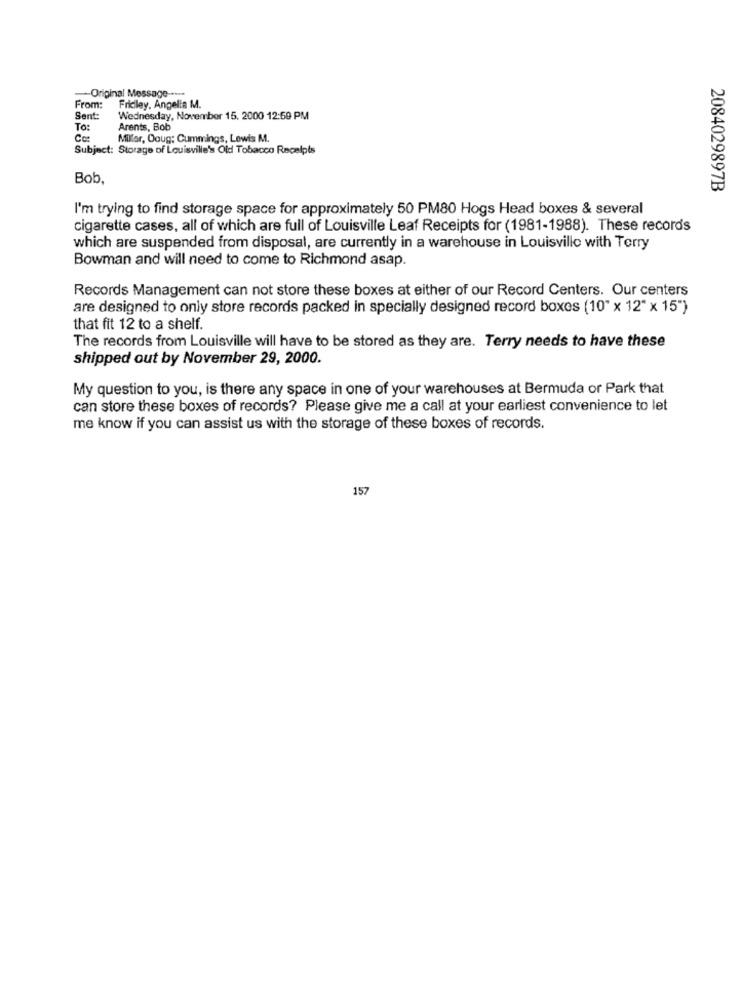
Original Message -....
From:
Fridley. Angelia M.
Sent:
Wednesday, November 15, 2000 12:59 PM
To:
Arents, Bob
Miller, Doug: Cummings, Lewis M.
Subject: Storage of Louisville's Old Tobacco Receipts
Bob.
2084029897B
I'm trying to find storage space for approximately 50 PM80 Hogs Head boxes & several
cigarette cases, all of which are full of Louisville Leaf Receipts for (1981-1988). These records
which are suspended from disposal, are currently in a warehouse in Louisville with Terry
Bowman and will need to come to Richmond asap.
Records Management can not store these boxes at either of our Record Centers. Our centers
are designed to only store records packed in specially designed record boxes (10" x 12" x 15")
that fit 12 to a shelf.
The records from Louisville will have to be stored as they are. Terry needs to have these
shipped out by November 29, 2000.
My question to you, is there any space in one of your warehouses at Bermuda or Park that
can store these boxes of records? Please give me a call at your earliest convenience to let
me know if you can assist us with the storage of these boxes of records.
157